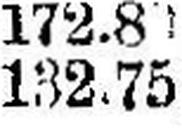
132.75